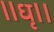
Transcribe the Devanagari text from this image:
॥धृ।।